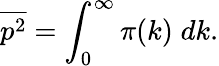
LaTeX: {\overline{{p^{2}}}}=\int_{0}^{\infty}\pi(k)\; dk.